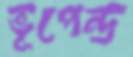
ভূপেন্দ্র